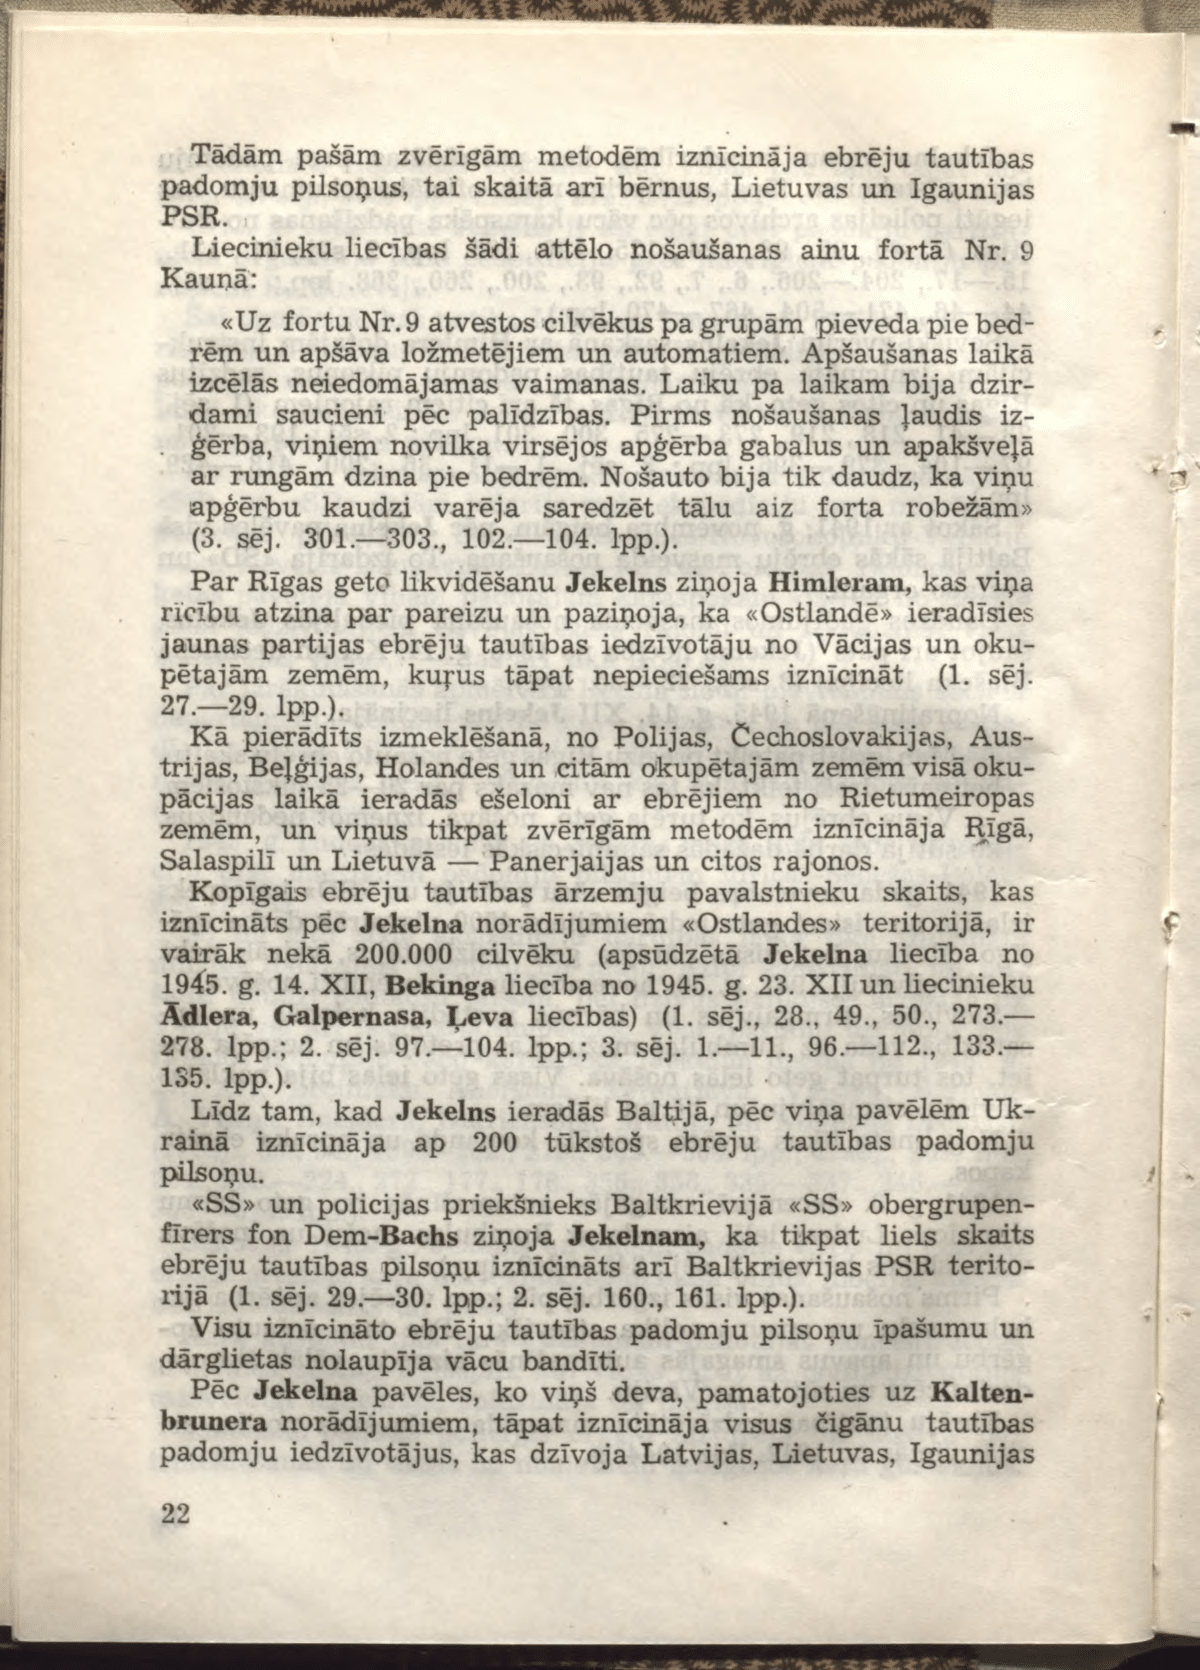
Language: lv